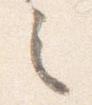
之